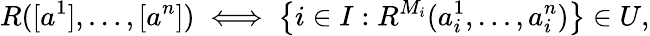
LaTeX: R([a^{1}],\dots,[a^{n}])\iff\left\{ i\in I:R^{M_{i}}(a_{i}^{1},\dots,a_{i}^{n})\right\} \in U,